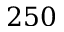
2 5 0